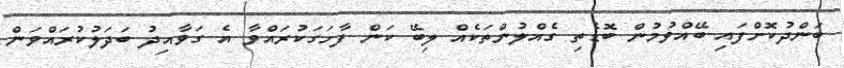
ބަންދުކޮށްފައި ބޭއްވުމުން ބޮޑެތި ގެއްލުންތަކެއް ލިބޭ ކަން ފާހަގަކުރައްވާ އެ ގަވާއިދު ބަދަލުކުރައްވަން